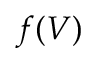
f ( V )